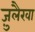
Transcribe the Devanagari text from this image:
ज़ुलैखा